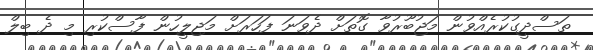
ތަސްދީގުކުރެއްވުން މަޖުބޫރުވާ ގޮތަށް ދެވަނަ ފަހަރަށް މަޖިލީހުން ފާސްކުރި މި ދެ ބިލް